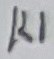
Text: K1